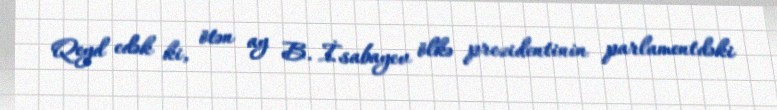
Qeyd edək ki, ötən ay B. İsabayev ölkə prezidentinin parlamentdəki